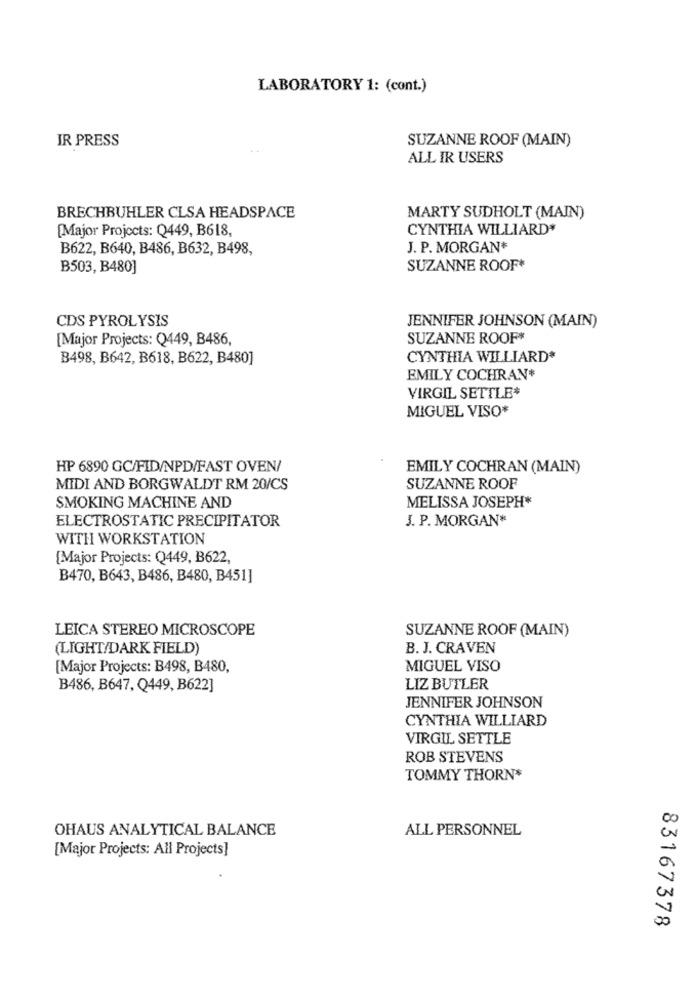
LABORATORY 1: (cont.)
IR PRESS
SUZANNE ROOF (MAIN)
ALL IR USERS
BRECHBUHLER CLSA HEADSPACE
MARTY SUDHOLT (MAIN)
[Major Projects: Q449, B618,
CYNTHIA WILLIARD*
B622, B640, B486, B632, B498,
J. P. MORGAN*
B503, B480]
SUZANNE ROOF+
CDS PYROLYSIS
JENNIFER JOHNSON (MAIN)
[Major Projects: Q449, B486,
SUZANNE ROOF*
B498, B642, B618, B622, B480]
CYNTHIA WILLIARD*
EMILY COCHRAN*
VIRGIL SETTLE*
MIGUEL VISO*
HP 6890 GC/FID/NPD/FAST OVEN/
EMILY COCHRAN (MAIN)
MIDI AND BORGWALDT RM 20/CS
SUZANNE ROOF
MELISSA JOSEPH*
SMOKING MACHINE AND
ELECTROSTATIC PRECIPITATOR
J. P. MORGAN*
WITH WORKSTATION
[Major Projects: Q449, B622,
B470, B643, B486, B480, B451]
LEICA STEREO MICROSCOPE
SUZANNE ROOF (MAIN)
(LIGHT/DARK FIELD)
B. J. CRAVEN
[Major Projects: B498, B480,
MIGUEL VISO
B486, B647, Q449, B622]
LIZ BUTLER
JENNIFER JOHNSON
CYNTHIA WILLIARD
VIRGIL SETTLE
ROB STEVENS
TOMMY THORN*
OHAUS ANALYTICAL BALANCE
ALL PERSONNEL
[Major Projects: All Projects]
83167378